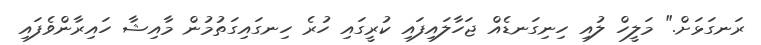
ރަނގަޅަށް." މަލީހް ލުއި ހިނިގަނޑެއް ޖަހާލައިފައި ކުރީގައި ހުރެ ހިނގައިގަތުމުން މާއިޝާ ހައިރާންވެފައި